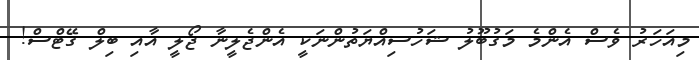
މިއަހަރު ވެސް އެންމެ މަގުބޫލު ޝަހުސިއްޔަތުންނަކީ އެންޖެލީނާ ޖޯލީ އާއި ބިލް ގޭޓްސް!